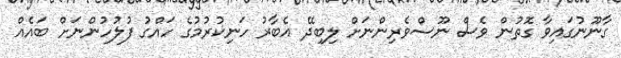
ގާނޫނުގައިވާ ގޮތުން ވެސް ނޫސްވެރިންނަށް ލިބިދޭ އެބާރު ހަނިކުރުމުގެ ހައްގު ފުލުހުންނަށް ބައެއް